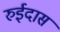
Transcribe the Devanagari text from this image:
रुईदास